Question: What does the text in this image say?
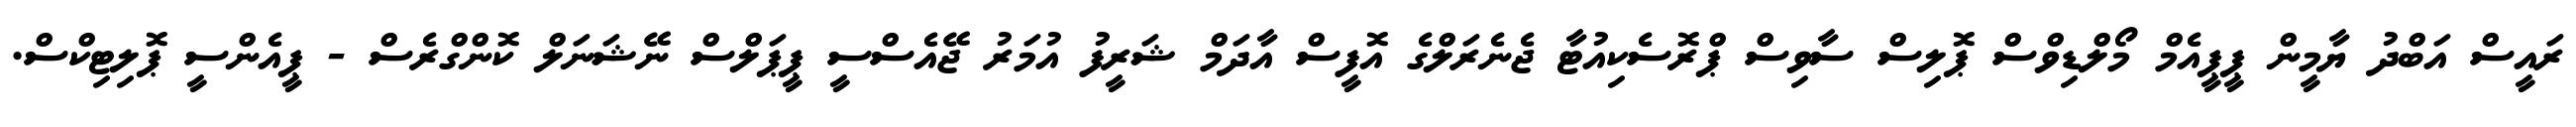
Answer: ރައީސް އަބްދު ޔާމީން ޕީޕީއެމް މޯލްޑިވްސް ޕޮލިސް ސާވިސް ޕްރޮސެކިއުޓާ ޖެނެރަލްގެ އޮފީސް އާދަމް ޝަރީފު އުމަރު ޖޭއެސްސީ ޕީޕަލްސް ނޭޝަނަލް ކޮންގްރެސް - ޕީއެންސީ ޕޮލިޓިކްސް.